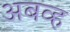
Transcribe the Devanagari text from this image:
अबव्ह